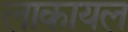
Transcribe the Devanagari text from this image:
लाकायल